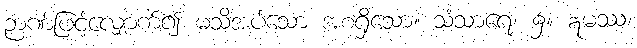
ဉာဏ်ဖြင့်လျှောက်၍ မသိအပ်သော အစရှိသော။ သံသာရေ၊ ၌။ ဣမဿ၊